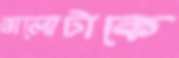
ভালোটাকে